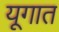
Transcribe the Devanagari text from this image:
यूगात